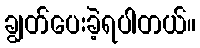
ချွတ်ပေးခဲ့ရပါတယ်။